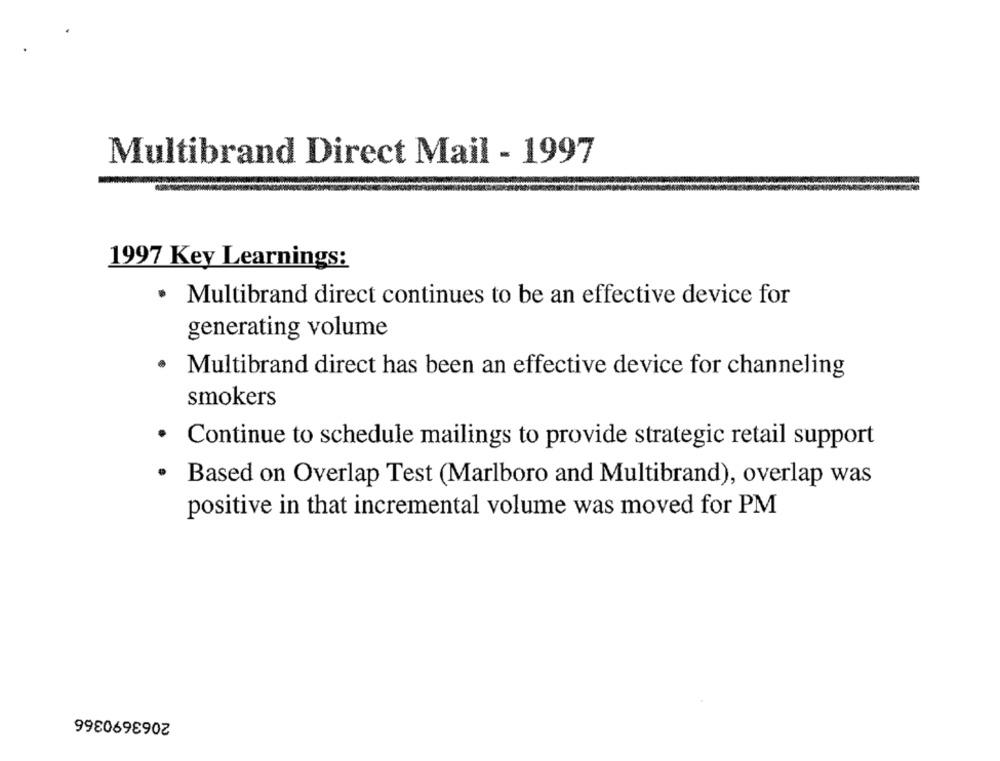
Multibrand Direct Mail - 1997
1997 Key Learnings:
· Multibrand direct continues to be an effective device for
generating volume
.
Multibrand direct has been an effective device for channeling
smokers
· Continue to schedule mailings to provide strategic retail support
.
Based on Overlap Test (Marlboro and Multibrand), overlap was
positive in that incremental volume was moved for PM
2063690366